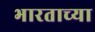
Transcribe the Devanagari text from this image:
भारताच्‍या